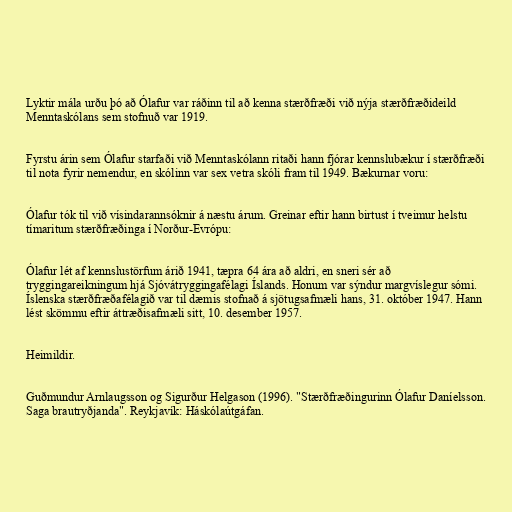
Lyktir mála urðu þó að Ólafur var ráðinn til að kenna stærðfræði við nýja stærðfræðideild
Menntaskólans sem stofnuð var 1919.

Fyrstu árin sem Ólafur starfaði við Menntaskólann ritaði hann fjórar kennslubækur í stærðfræði
til nota fyrir nemendur, en skólinn var sex vetra skóli fram til 1949. Bækurnar voru:

Ólafur tók til við vísindarannsóknir á næstu árum. Greinar eftir hann birtust í tveimur helstu
tímaritum stærðfræðinga í Norður-Evrópu:

Ólafur lét af kennslustörfum árið 1941, tæpra 64 ára að aldri, en sneri sér að
tryggingareikningum hjá Sjóvátryggingafélagi Íslands. Honum var sýndur margvíslegur sómi.
Íslenska stærðfræðafélagið var til dæmis stofnað á sjötugsafmæli hans, 31. október 1947. Hann
lést skömmu eftir áttræðisafmæli sitt, 10. desember 1957.

Heimildir.

Guðmundur Arnlaugsson og Sigurður Helgason (1996). "Stærðfræðingurinn Ólafur Daníelsson.
Saga brautryðjanda". Reykjavík: Háskólaútgáfan.